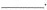
___.